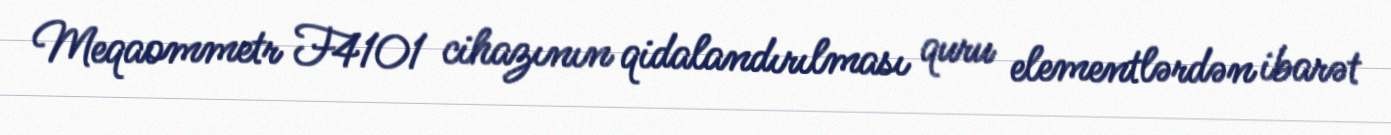
Meqaommetr F4101 cihazının qidalandırılması quru elementlərdən ibarət